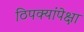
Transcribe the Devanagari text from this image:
ठिपक्यांपेक्षा